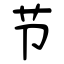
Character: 节